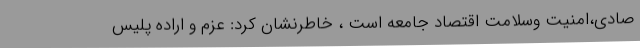
صادی،امنیت وسلامت اقتصاد جامعه است ، خاطرنشان کرد: عزم و اراده پلیس